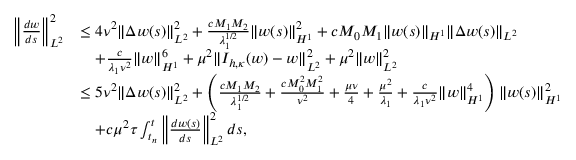
\begin{array} { r l } { \left\Vert \frac { d w } { d s } \right\Vert _ { L ^ { 2 } } ^ { 2 } } & { \leq 4 \nu ^ { 2 } \| \Delta w ( s ) \| _ { L ^ { 2 } } ^ { 2 } + \frac { c M _ { 1 } M _ { 2 } } { \lambda _ { 1 } ^ { 1 / 2 } } \| w ( s ) \| _ { H ^ { 1 } } ^ { 2 } + c M _ { 0 } M _ { 1 } \| w ( s ) \| _ { H ^ { 1 } } \| \Delta w ( s ) \| _ { L ^ { 2 } } } \\ & { \quad + \frac { c } { \lambda _ { 1 } \nu ^ { 2 } } \| w \| _ { H ^ { 1 } } ^ { 6 } + \mu ^ { 2 } \| I _ { h , \kappa } ( w ) - w \| _ { L ^ { 2 } } ^ { 2 } + \mu ^ { 2 } \| w \| _ { L ^ { 2 } } ^ { 2 } } \\ & { \leq 5 \nu ^ { 2 } \| \Delta w ( s ) \| _ { L ^ { 2 } } ^ { 2 } + \left( \frac { c M _ { 1 } M _ { 2 } } { \lambda _ { 1 } ^ { 1 / 2 } } + \frac { c M _ { 0 } ^ { 2 } M _ { 1 } ^ { 2 } } { \nu ^ { 2 } } + \frac { \mu \nu } { 4 } + \frac { \mu ^ { 2 } } { \lambda _ { 1 } } + \frac { c } { \lambda _ { 1 } \nu ^ { 2 } } \| w \| _ { H ^ { 1 } } ^ { 4 } \right) \| w ( s ) \| _ { H ^ { 1 } } ^ { 2 } } \\ & { \quad + c \mu ^ { 2 } \tau \int _ { t _ { n } } ^ { t } \left\| \frac { d w ( s ) } { d s } \right\| _ { L ^ { 2 } } ^ { 2 } d s , } \end{array}